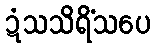
ဍံသသိရိံသပေ